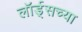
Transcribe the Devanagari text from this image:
लॉर्ड्‌सच्या